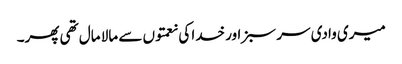
میری وادی سر سبز اور خدا کی نعمتوں سے مالا مال تھی پھر۔